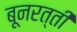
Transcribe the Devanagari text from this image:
बूनरत्ती